Problem: 67 + 28 = ?
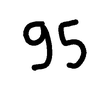
Handwritten answer: 95